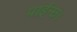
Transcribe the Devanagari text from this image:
पाईन्छ।